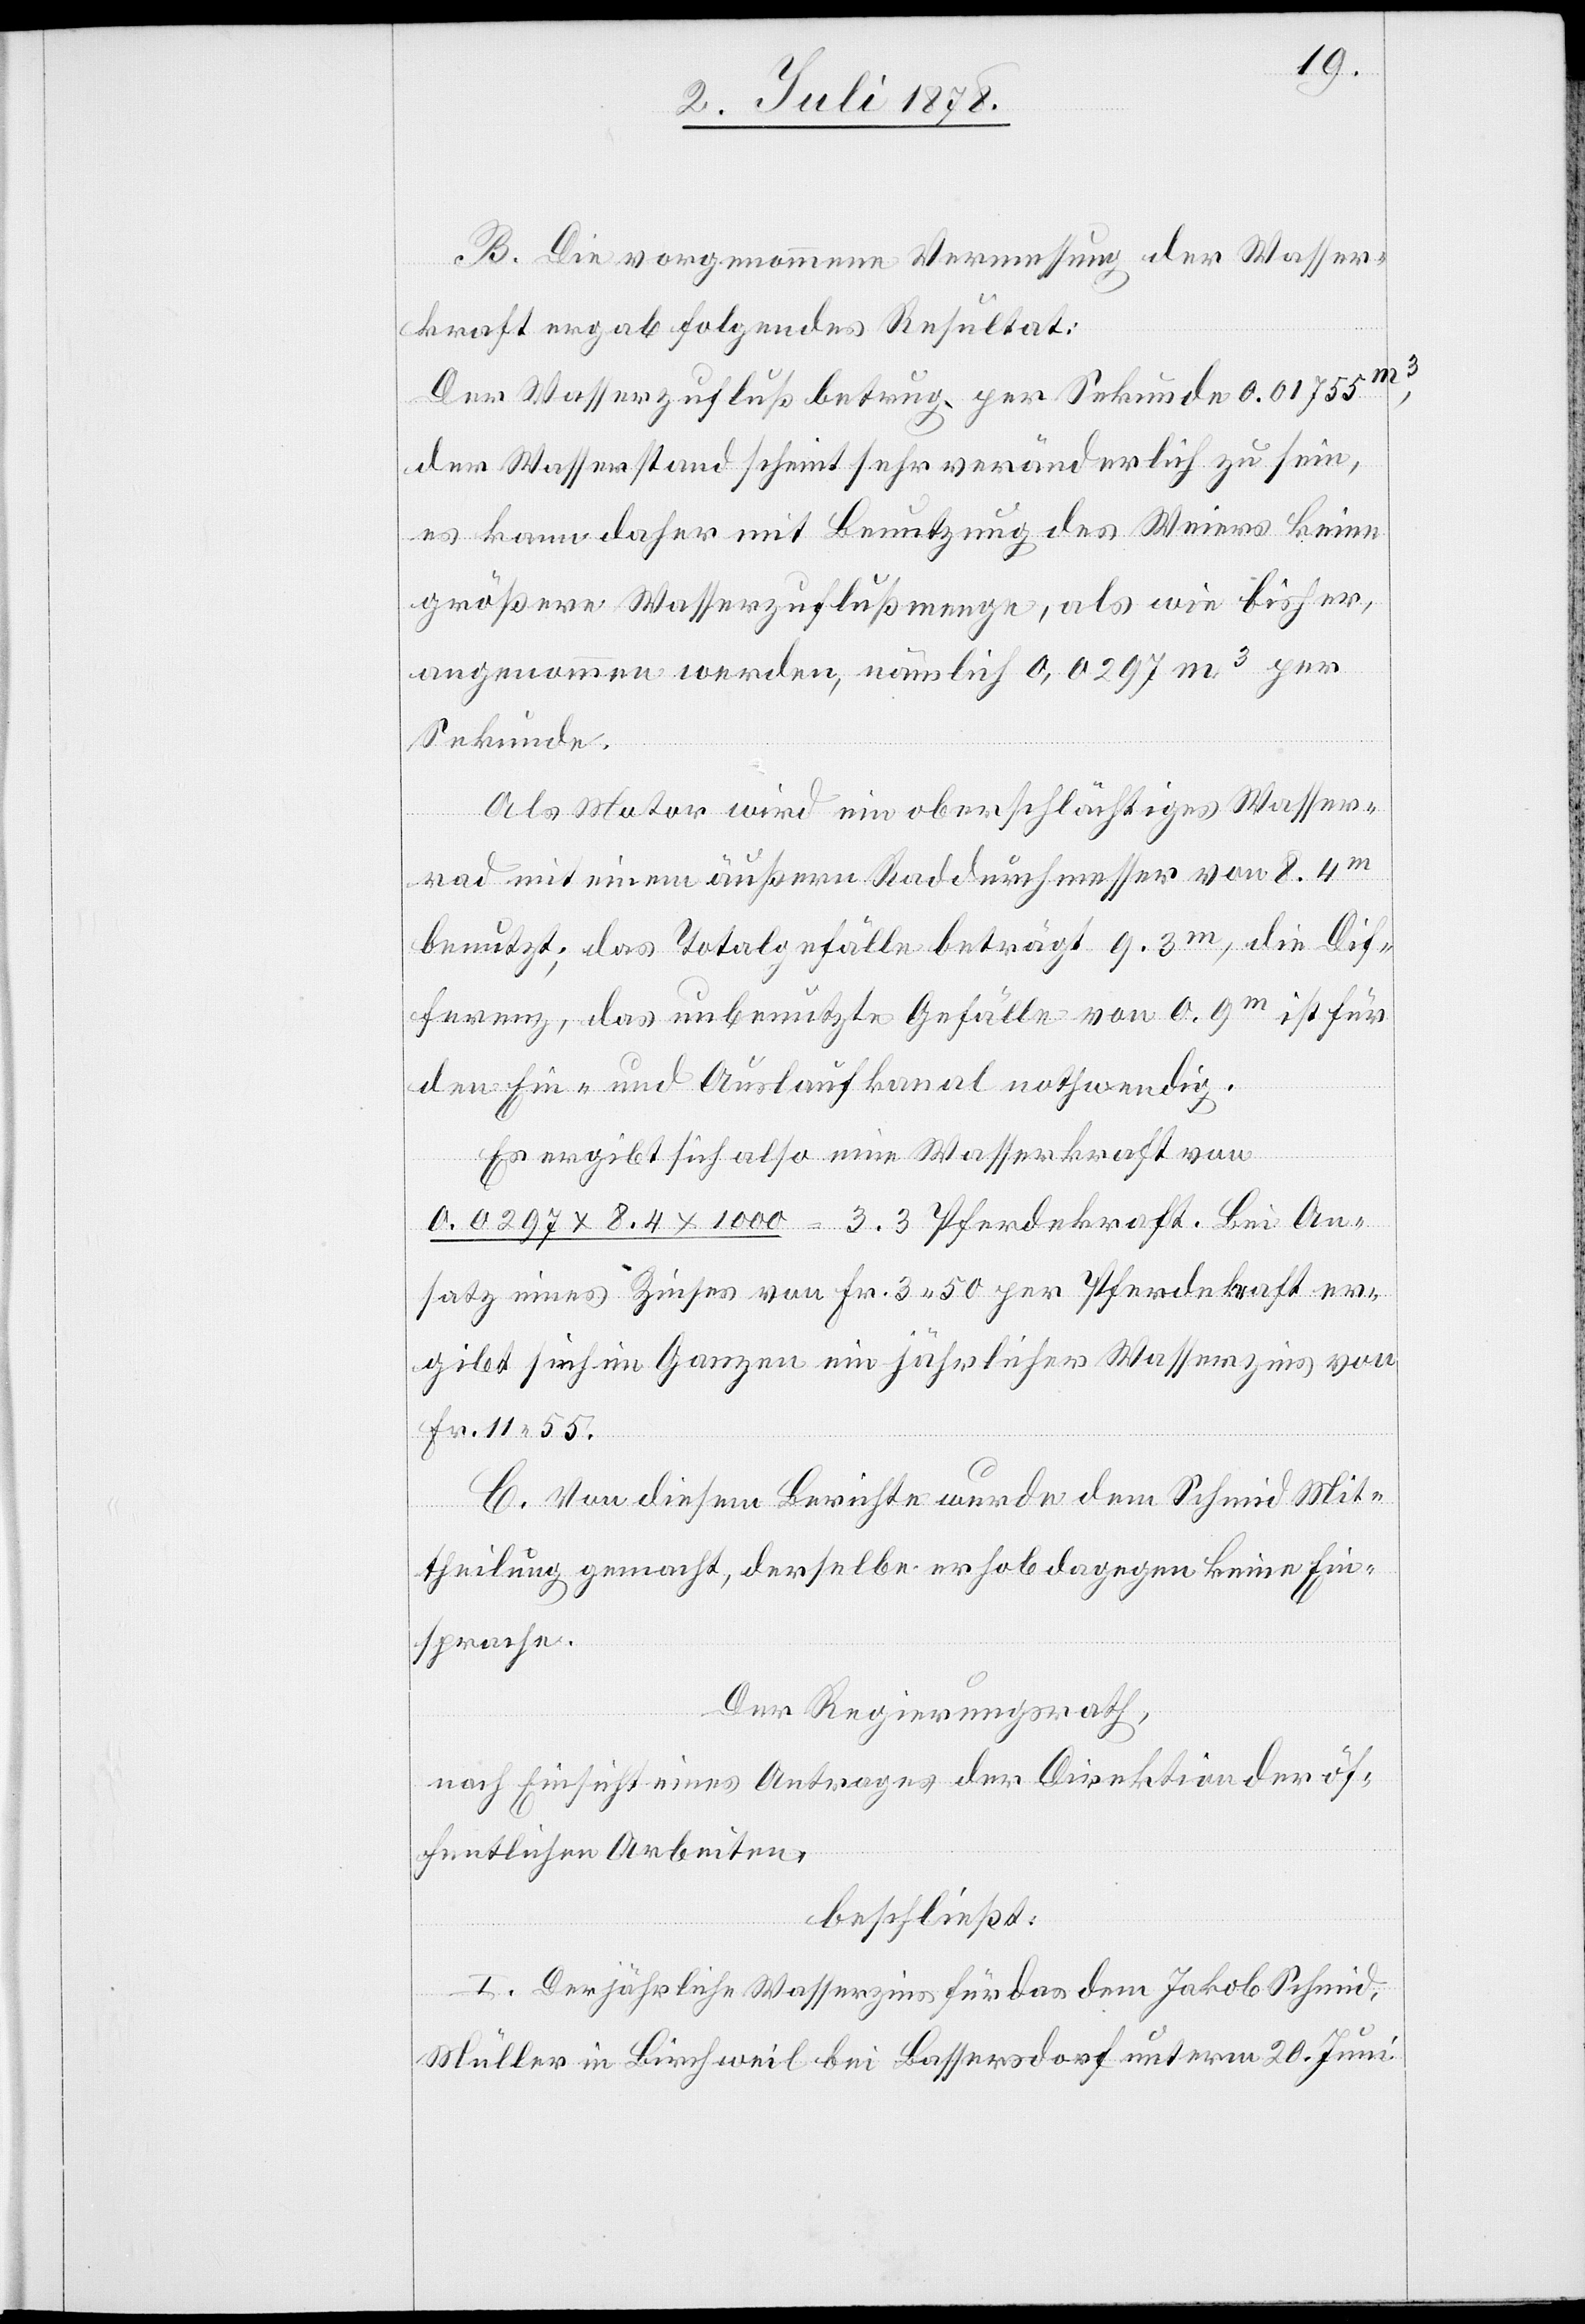
B. Die vorgenommene Vermessung der Wasser¬
kraft ergab folgendes Resultat:
Der Wasserzufluß betrug per Sekunde 0.01755 m3,
der Wasserstand scheint sehr veränderlich zu sein,
es kann daher mit Benutzung des Weiers keine
größere Wasserzuflußmenge, als wie bisher,
angenommen werden, nämlich 0,0297 m3 per
Sekunde.
Als Motor wird ein oberschlächtiges Wasser¬
rad mit einem äußern Raddurchmesser von 8.4m
benutzt; das Totalgefälle beträgt 9.3m, die Dif¬
ferenz, das unbenutzte Gefälle von 0.9m ist für
den Ein- und Auslaufkanal nothwendig.
Es ergibt sich also eine Wasserkraft von
0.0297 x 8.4 x 1000 = 3.3 Pferdekraft. Bei An¬
satz eines Zinses von Fr. 3 50 per Pferdekraft er¬
gibt sich im Ganzen ein jährlicher Wasserzins von
Fr. 11 55.
C. Von diesem Berichte wurde dem Schmid Mit¬
theilung gemacht, derselbe erhob dagegen keine Ein¬
sprache.
Der Regierungsrath,
nach Einsicht eines Antrages der Direktion der öf¬
fentlichen Arbeiten,
beschließt:
I. Der jährliche Wasserzins für das dem Jakob Schmid,
Müller in Birchweil bei Bassersdorf unterm 20. Juni